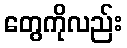
တွေကိုလည်း